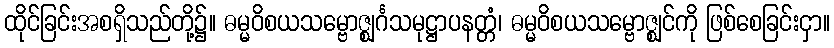
ထိုင်ခြင်းအစရှိသည်တို့၌။ ဓမ္မဝိစယသမ္ဗောဇ္ဈင်္ဂသမုဋ္ဌာပနတ္တံ၊ ဓမ္မဝိစယသမ္ဗောဇ္ဈင်ကို ဖြစ်စေခြင်းငှာ။